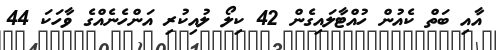
އާއި ބަތް ކެއުން ހުއްޓާލައިގެން 42 ކިލޯ ލުއިކުރި އަންހެނެއްގެ ވާހަކަ 44